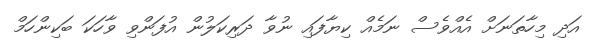
އަދި މިހާތަނަށް އެއްވެސް ނަމެއް ކިޔާފައި ނުވާ ދަރިކަލުން އުފަންވި ވާހަކަ ބަކިންހަމް